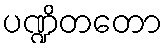
ပဏ္ဍိတတော